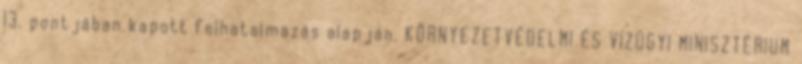
13. pontjában kapott felhatalmazás alapján, KÖRNYEZETVÉDELMI ÉS VÍZÜGYI MINISZTÉRIUM